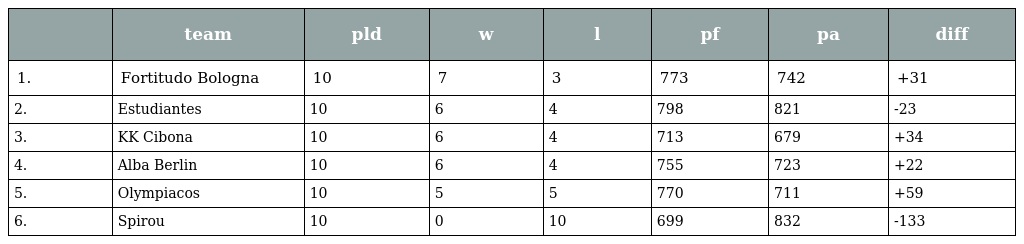
|  | team | pld | w | l | pf | pa | diff |
 | --- | --- | --- | --- | --- | --- | --- | --- |
 | 1. | Fortitudo Bologna | 10 | 7 | 3 | 773 | 742 | +31 |
 | 2. | Estudiantes | 10 | 6 | 4 | 798 | 821 | -23 |
 | 3. | KK Cibona | 10 | 6 | 4 | 713 | 679 | +34 |
 | 4. | Alba Berlin | 10 | 6 | 4 | 755 | 723 | +22 |
 | 5. | Olympiacos | 10 | 5 | 5 | 770 | 711 | +59 |
 | 6. | Spirou | 10 | 0 | 10 | 699 | 832 | -133 |